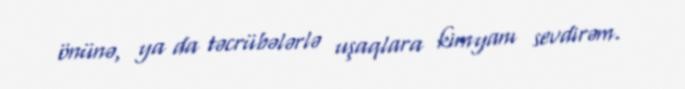
önünə, ya da təcrübələrlə uşaqlara kimyanı sevdirəm.